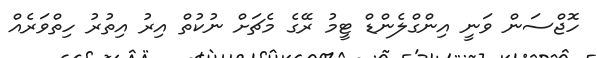
ހޮޖްސަން ވަނީ އިންގްލެންޑް ޓީމު ރޭގެ މެޗަށް ނުކުތް އިރު އިތުރު ހިތްވަރެއް